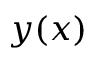
y ( x )